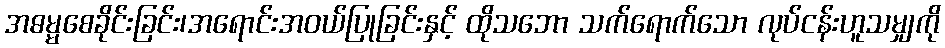
အဓမ္မစေခိုင်းခြင်း၊အရောင်းအဝယ်ပြုခြင်းနှင့် ထိုသဘော သက်ရောက်သော လုပ်ငန်းဟူသမျှကို